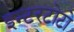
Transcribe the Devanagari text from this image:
इन्टरटोटो